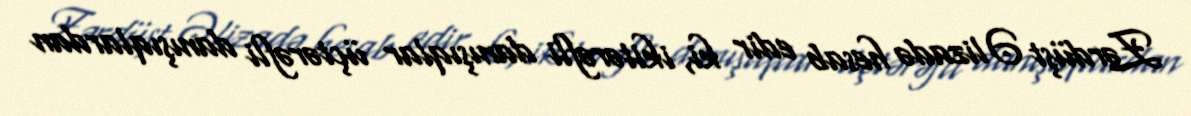
Zərdüşt Əlizadə hesab edir ki, ikitərəfli danışıqlar üçtərəfli danışıqlardan